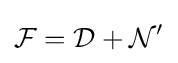
{\mathcal {F}}={\mathcal {D}}+{\mathcal {N}}'